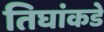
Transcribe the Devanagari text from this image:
तिघांकडे